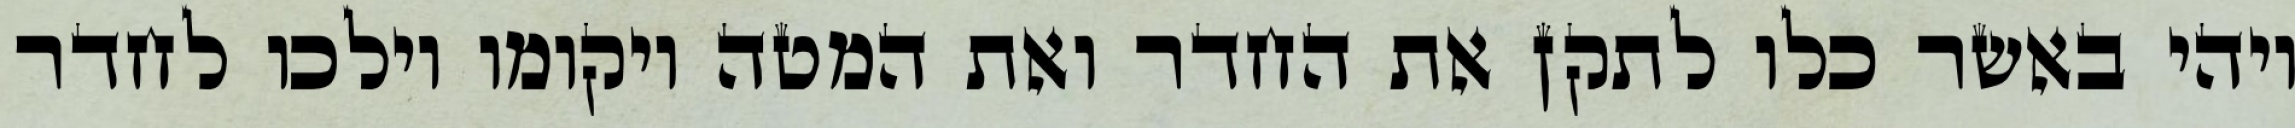
ויהי באשר כלו לתקן את החדר ואת המטה ויקומו וילכו לחדר